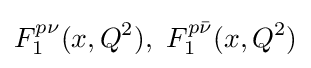
F_{1}^{p\nu }(x,Q^{2}),~F_{1}^{p{\bar {\nu }}}(x,Q^{2})